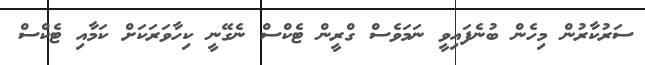
ސަރުކާރުން މިހެން ބުނެފައިވީ ނަމަވެސް ގްރީން ޓެކްސް ނެގޭނީ ކިހާވަރަކަށް ކަމާއި ޓެކްސް